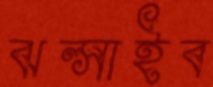
ঝল্‌সাইব